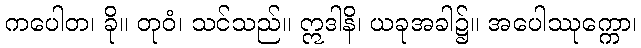
ကပေါတ၊ ခို။ တုဝံ၊ သင်သည်။ ဣဒါနိ၊ ယခုအခါ၌။ အပေါဿုက္ကော၊